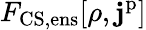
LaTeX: F_{\mathrm{CS,ens}}[\rho,\mathbf{j}^{\mathrm{p}}]